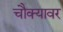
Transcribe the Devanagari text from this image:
चौक्यावर